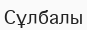
Сұлбалы